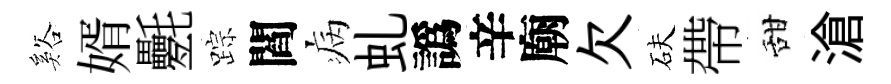
谿婿氎踪閻病虬譌辛廟欠砆帶甜滄